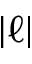
| \ell |